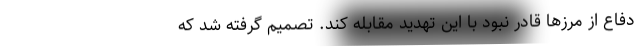
دفاع از مرزها قادر نبود با این تهدید مقابله کند. تصمیم گرفته شد که